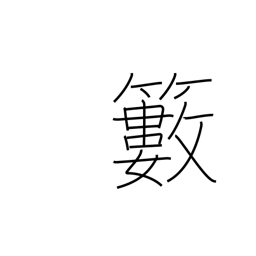
Meaning: bush